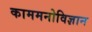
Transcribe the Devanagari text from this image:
काममनोविज्ञान